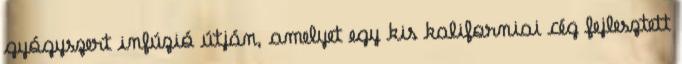
gyógyszert infúzió útján, amelyet egy kis kaliforniai cég fejlesztett